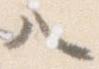
ハ